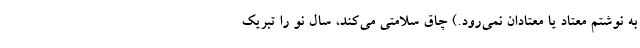
به نوشتم معتاد یا معتادان نمی‌رود.) چاق سلامتی می‌کند، سال نو را تبریک